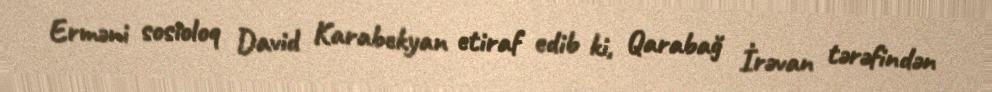
Erməni sosioloq David Karabekyan etiraf edib ki, Qarabağ İrəvan tərəfindən